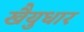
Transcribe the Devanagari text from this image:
खैयुधार